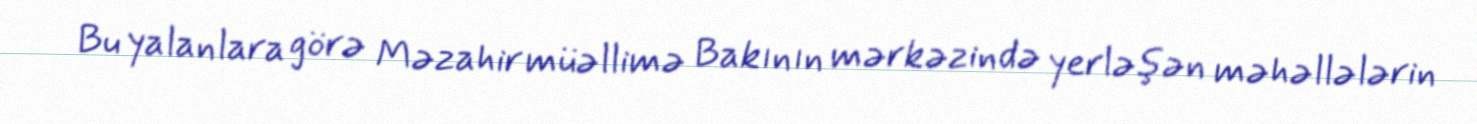
Bu yalanlara görə Məzahir müəllimə Bakının mərkəzində yerləşən məhəllələrin